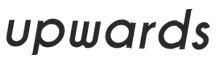
upwards